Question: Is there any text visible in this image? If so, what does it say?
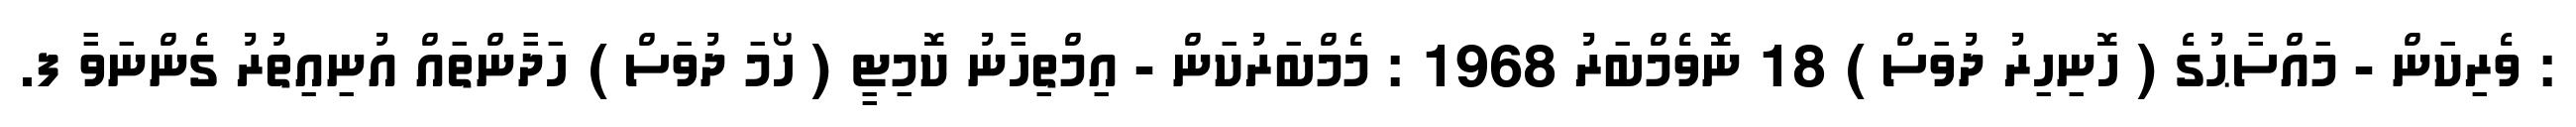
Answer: : ވެރިކަން - މައްސާޙުގެ ( ހޮނިހިރު ދުވަސް ) 18 ނޮވެމްބަރު 1968 : މެމްބަރުކަން - އިމްތިހާނު ކޮމިޓީ ( ހޯމަ ދުވަސް ) ހަދާންތައް އުނިއިތުރު ގެންނަވާ ފ.